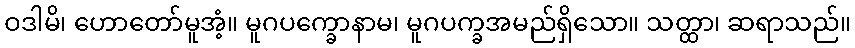
ဝဒါမိ၊ ဟောတော်မူအံ့။ မူဂပက္ခောနာမ၊ မူဂပက္ခအမည်ရှိသော။ သတ္ထာ၊ ဆရာသည်။